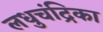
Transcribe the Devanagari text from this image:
लधुचंद्रिका